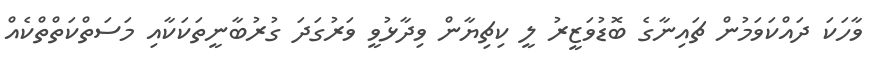
ވާހަކަ ދައްކަވަމުން ޗައިނާގެ ބޮޑުވަޒީރު ލީ ކިޗިޔާން ވިދާޅުވީ ވަރުގަދަ ގުރުބާނީތަކަކާއި މަސަތްކަތްތްކެއް